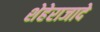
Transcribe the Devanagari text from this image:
शेहेराजादे